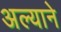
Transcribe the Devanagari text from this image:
अल्याने